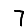
Digit: 7